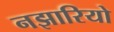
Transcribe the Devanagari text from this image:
नझारियो